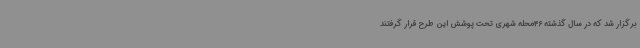
برگزار شد که در سال گذشته 46محله شهری تحت پوشش این طرح قرار گرفتند